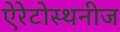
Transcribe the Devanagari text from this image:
ऐरेटोस्थनीज